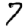
Digit: 7